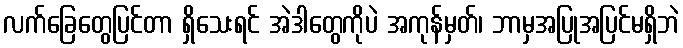
လက်ခြေတွေပြင်တာ ရှိသေးရင် အဲဒါတွေကိုပဲ အကုန်မှတ်၊ ဘာမှအပြုအပြင်မရှိဘဲ